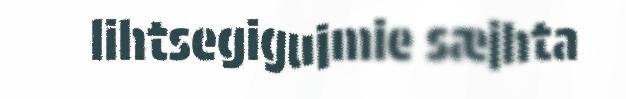
lihtsegigujmie sæjhta